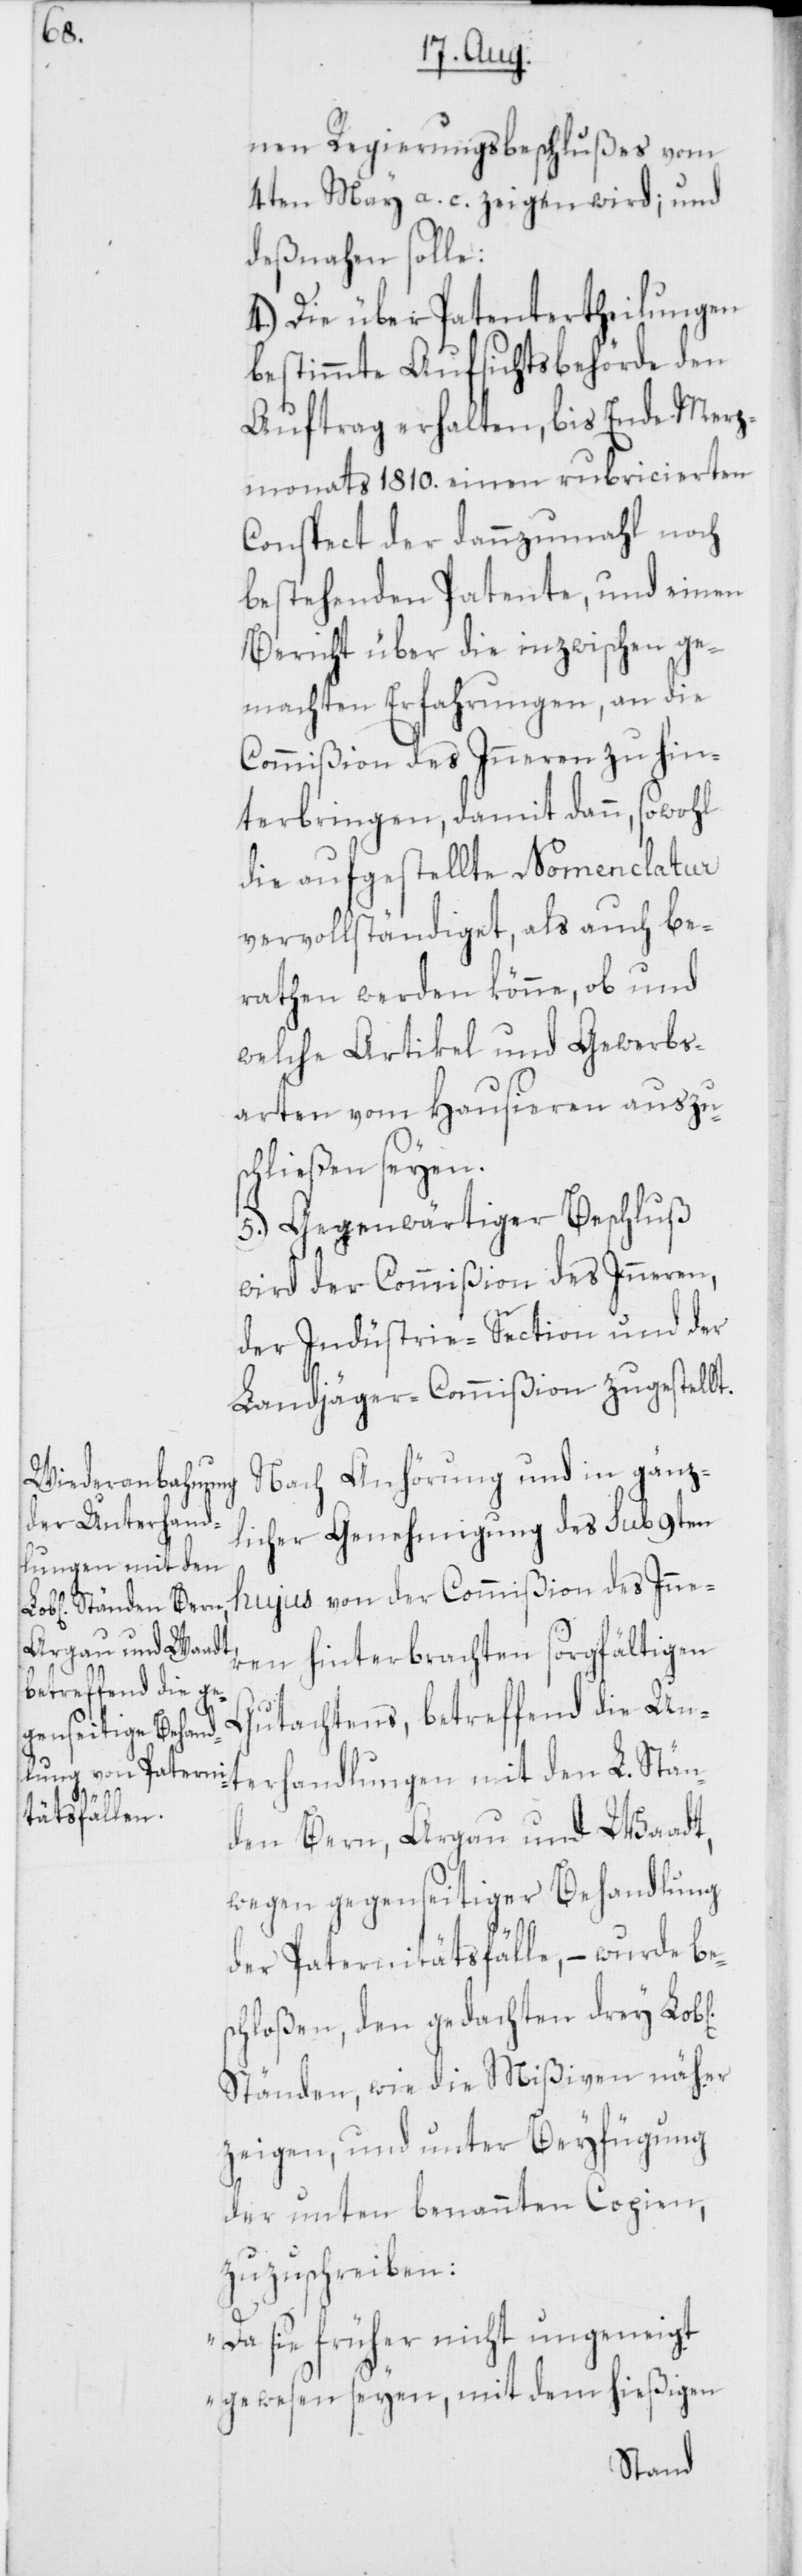
ichen]

nen Regierungsbeschlußes vom
4ten May a. c. zeigen wird; und
deßnahen solle:
4.) Die über Patentertheilungen
bestimmte Aufsichtsbehörde den
Auftrag erhalten, bis Ende Merz¬
monats 1810. einen rubricierten
Conspect der dannzumahl noch
bestehenden Patente, und einen
Bericht über die inzwischen ge¬
machten Erfahrungen, an die
Commißion des Inneren zu hin¬
terbringen, damit dann, sowohl
die aufgestellte Nomenclatur
vervollständiget, als auch be¬
rathen werden könne, ob und
welche Artikel und Gewerbs¬
arten vom Hausieren auszu¬
schließen seyen.
5.) Gegenwärtiger Beschluß
wird der Commißion des Inneren,
der Indüstrie-Section und der
Landjäger-Commißion zugestellt.
Nach Anhörung und in gänz¬
licher Genehmigung des sub 9ten
hujus von der Commißion des Inner¬
en hinterbrachten sorgfältigen
Gutachtens, betreffend die Unt¬
erhandlungen mit den L. Stän¬
den Bern, Argau und Waadt,
wegen gegenseitiger Behandlung
der Paternitätsfälle, – wurde be¬
schloßen, den gedachten drey Lob[l¬
Ständen, wie die Mißiven näher
zeigen, und unter Beyfügung
der unten benannten Copien,
zuzuschreiben:
„Da sie früher nicht ungeneigt
gewesen seyen, mit dem hießigen